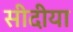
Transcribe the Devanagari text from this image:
सीदीया